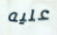
عليه